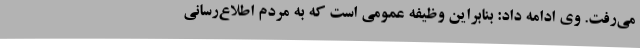
می‌رفت. وی ادامه داد: بنابراین وظیفه عمومی است که به مردم اطلاع‌رسانی